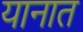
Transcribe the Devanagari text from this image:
यानात